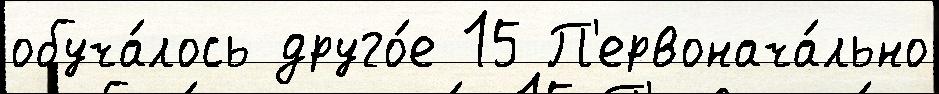
обуча́лось друго́е 15 П'ервонача́льно